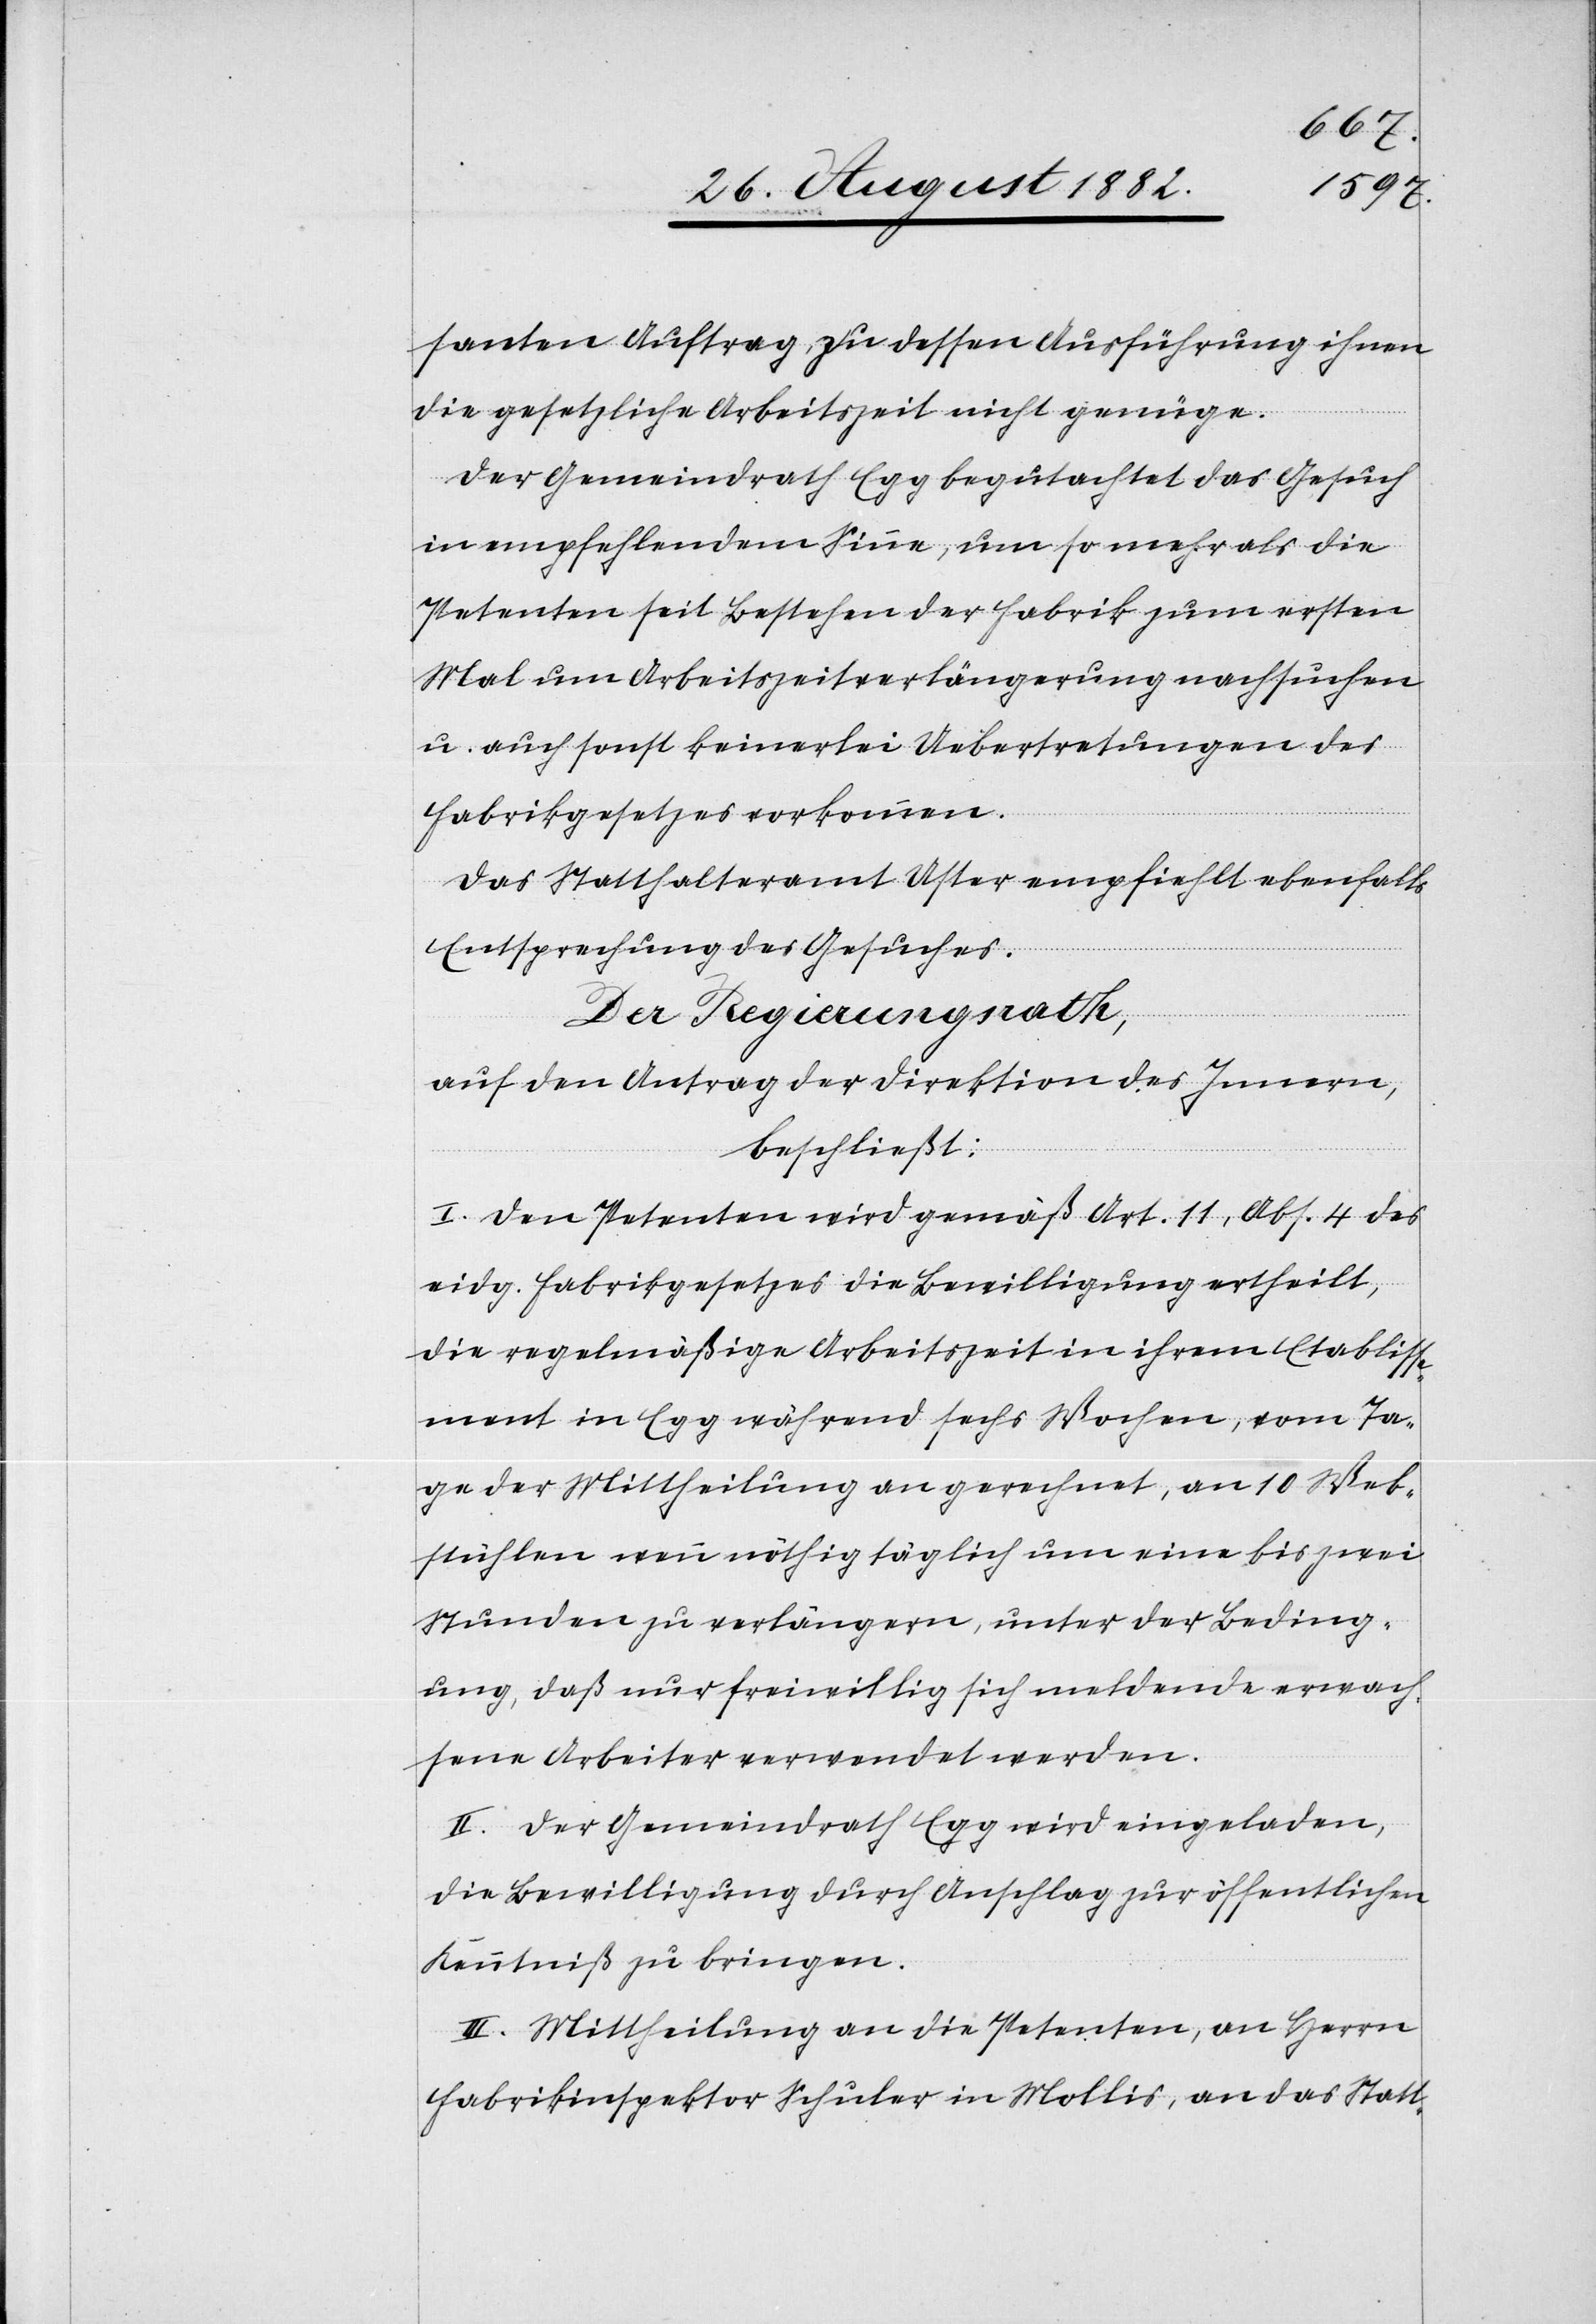
santen Auftrag, zu dessen Ausführung ihnen
die gesetzliche Arbeitszeit nicht genüge.
Der Gemeindrath Egg begutachtet das Gesuch
in empfehlendem Sinne, um so mehr als die
Petenten seit Bestehen der Fabrik zum ersten
Mal um Arbeitszeitverlängerung nachsuchen
u. auch sonst keinerlei Uebertretungen des
Fabrikgesetzes vorkommen.
Das Statthalteramt Uster empfiehlt ebenfalls
Entsprechung des Gesuches.
Der Regierungsrath,
auf den Antrag der Direktion des Innern,
beschließt:
I. Den Petenten wird gemäß Art. 11, Abs. 4 des
eidg. Fabrikgesetzes die Bewilligung ertheilt,
die regelmäßige Arbeitszeit in ihrem Etabliss¬
ement in Egg während sechs Wochen, vom Ta¬
ge der Mittheilung an gerechnet, an 10 Web¬
stühlen wenn nöthig täglich um eine bis zwei
Stunden zu verlängern, unter der Beding¬
ung, daß nur freiwillig sich meldende erwach¬
sene Arbeiter verwendet werden.
II. Der Gemeindrath Egg wird eingeladen,
die Bewilligung durch Anschlag zur öffentlichen
Kenntniß zu bringen.
III. Mittheilung an die Petenten, an Herrn
Fabrikinspektor Schuler in Mollis, an das Statt-